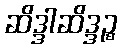
ဆိဒ္ဒါဆိဒ္ဒဉ္စ